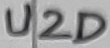
Text: U2D